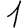
Digit: 1